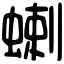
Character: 蝲